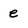
Character: e